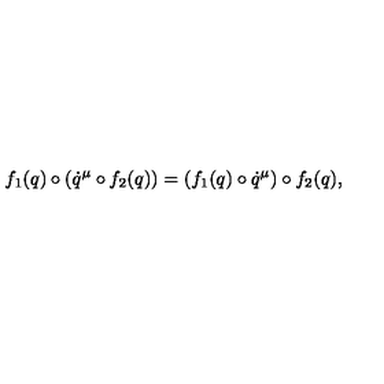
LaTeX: f _ { 1 } ( q ) \circ ( \dot { q } ^ { \mu } \circ f _ { 2 } ( q ) ) = ( f _ { 1 } ( q ) \circ \dot { q } ^ { \mu } ) \circ f _ { 2 } ( q ) ,